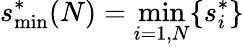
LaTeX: s_{\mathrm{min}}^{*}(N)=\operatorname*{min}_{i=1,N}\{ s_{i}^{*}\}